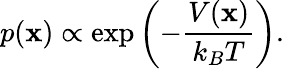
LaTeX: p(\mathbf{x})\propto\exp\left({-{\frac{{V(\mathbf{x})}}{{k_{B}T}}}}\right).